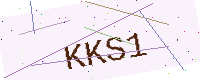
Text: KKS1